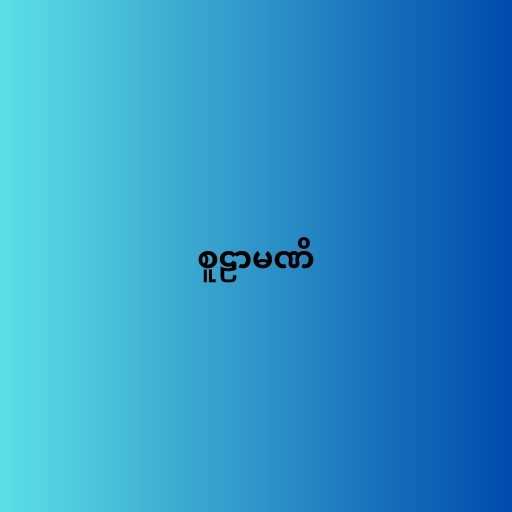
စူဠာမဏိ